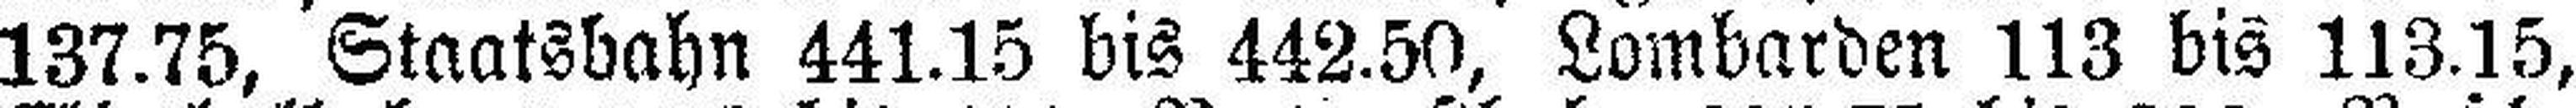
137.75, Staatsbahn 441.15 bis 442.50, Lombarden 113 bis 113.15,